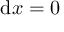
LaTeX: \mathrm { d } x = 0